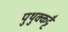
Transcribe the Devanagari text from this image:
पुथुक्कट्टै